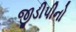
જીડીપીનો